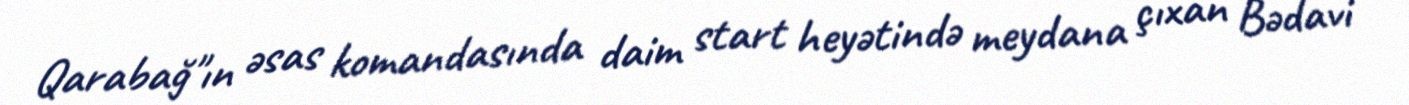
Qarabağ"ın əsas komandasında daim start heyətində meydana çıxan Bədavi